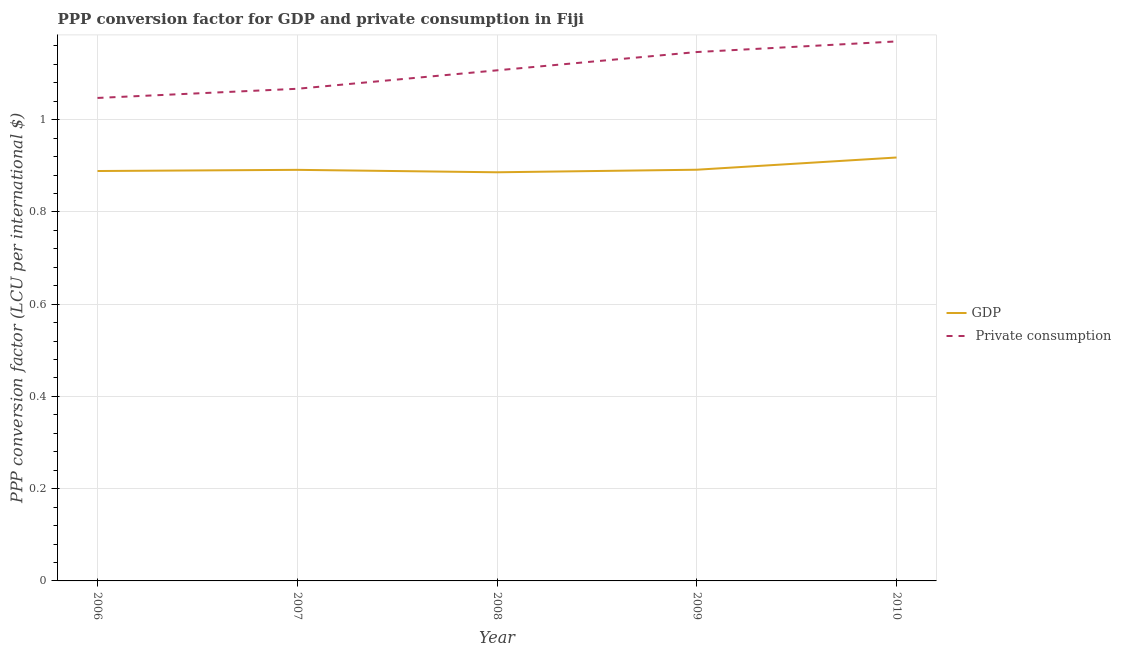
| Year | GDP |  Private consumption |
 | --- | --- | --- |
 | 2006 | 0.889 | 1.05 |
 | 2007 | 0.891 | 1.07 |
 | 2008 | 0.886 | 1.11 |
 | 2009 | 0.892 | 1.15 |
 | 2010 | 0.918 | 1.17 |